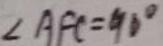
\angle A F C = 9 0 ^ { \circ }